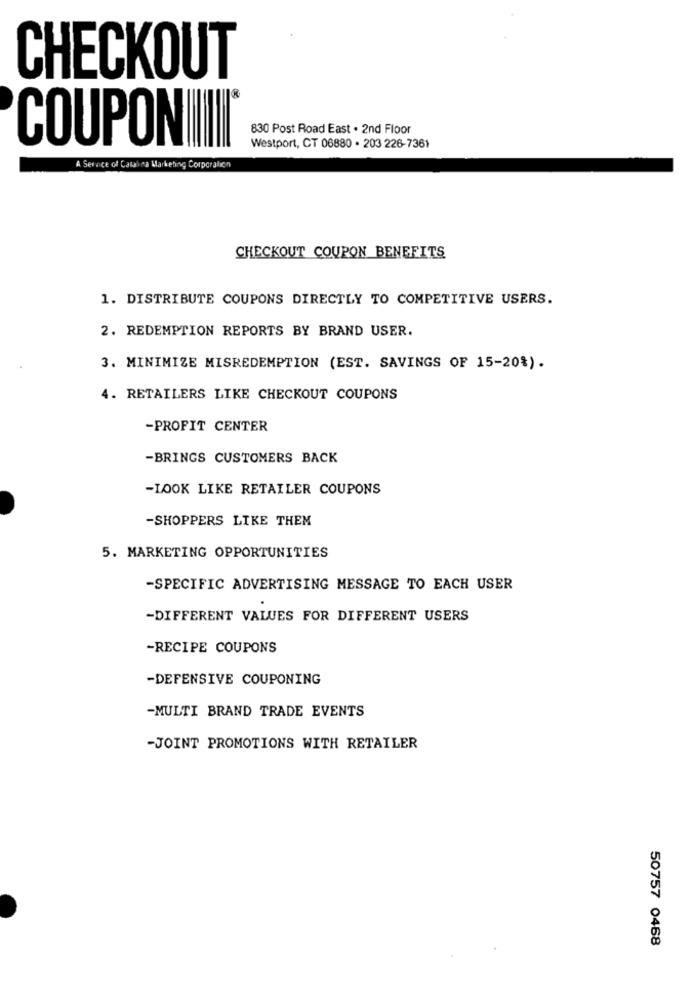
CHECKOUT
830 Post Road East . 2nd Floor
COUPONIIIII*
Westport, CT 06880 . 203 226-7361
A Service of Calabra Marketing Corporalich
CHECKOUT COUPON BENEFITS
1. DISTRIBUTE COUPONS DIRECTLY TO COMPETITIVE USERS.
2. REDEMPTION REPORTS BY BRAND USER.
3. MINIMIZE MISREDEMPTION (EST. SAVINGS OF 15-20%).
4. RETAILERS LIKE CHECKOUT COUPONS
-PROFIT CENTER
-BRINGS CUSTOMERS BACK
-LOOK LIKE RETAILER COUPONS
-SHOPPERS LIKE THEM
5. MARKETING OPPORTUNITIES
-SPECIFIC ADVERTISING MESSAGE TO EACH USER
-DIFFERENT VALUES FOR DIFFERENT USERS
-RECIPE COUPONS
-DEFENSIVE COUPONING
-MULTI BRAND TRADE EVENTS
-JOINT PROMOTIONS WITH RETAILER
50757 0468